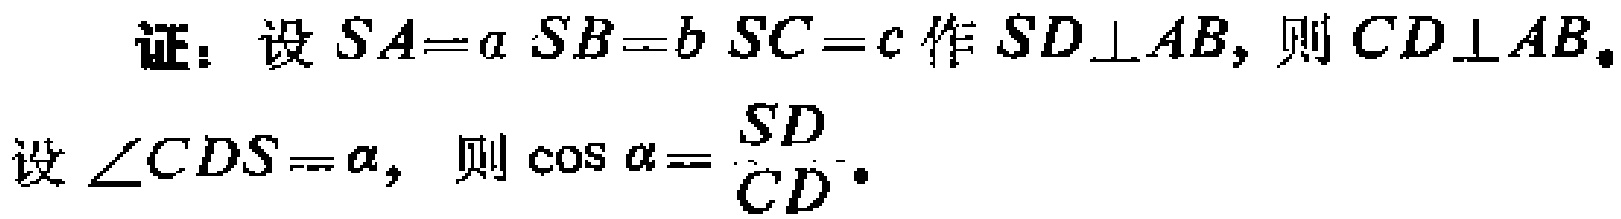
证：设\(SA = a\) \(SB = b\) \(SC = c\) 作 \(SD\perp AB\)，则 \(CD\perp AB\)。
设\(\angle CDS=\alpha\)，则\(\cos\alpha = \frac{SD}{CD}\)。